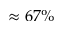
\approx 6 7 \%